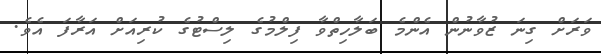
ވަރަށް ގިނަ ޒުވާނުން އެންމެ ބަލާހިތްވާ ފިލްމުގެ ލިސްޓުގެ ކުރިއަށް އަރާފަ އެވެ.